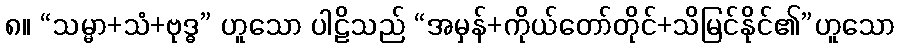
၈။ “သမ္မာ+သံ+ဗုဒ္ဓ” ဟူသော ပါဠိသည် “အမှန်+ကိုယ်တော်တိုင်+သိမြင်နိုင်၏”ဟူသော